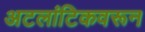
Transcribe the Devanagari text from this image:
अटलांटिकवरून